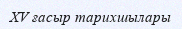
XV ғасыр тарихшылары